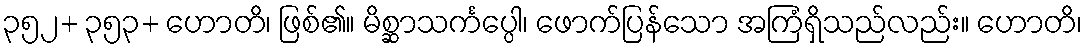
၃၅၂+ ၃၅၃+ ဟောတိ၊ ဖြစ်၏။ မိစ္ဆာသင်္ကပ္ပေါ၊ ဖောက်ပြန်သော အကြံရှိသည်လည်း။ ဟောတိ၊